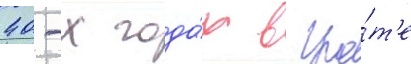
40-х года́х в гро́т'е